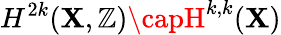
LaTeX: H^{2k}(\mathbf{X},\mathbb{{Z}})\capH^{k,k}(\mathbf{X})